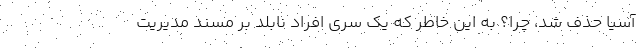
آسيا حذف شد، چرا؟ به اين خاطر كه يك سري افراد نابلد بر مسند مديريت